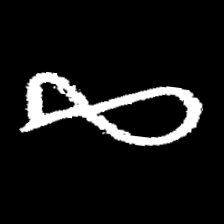
Pyu character \u2014 Myanmar letter: ဆ (romanized: cha)